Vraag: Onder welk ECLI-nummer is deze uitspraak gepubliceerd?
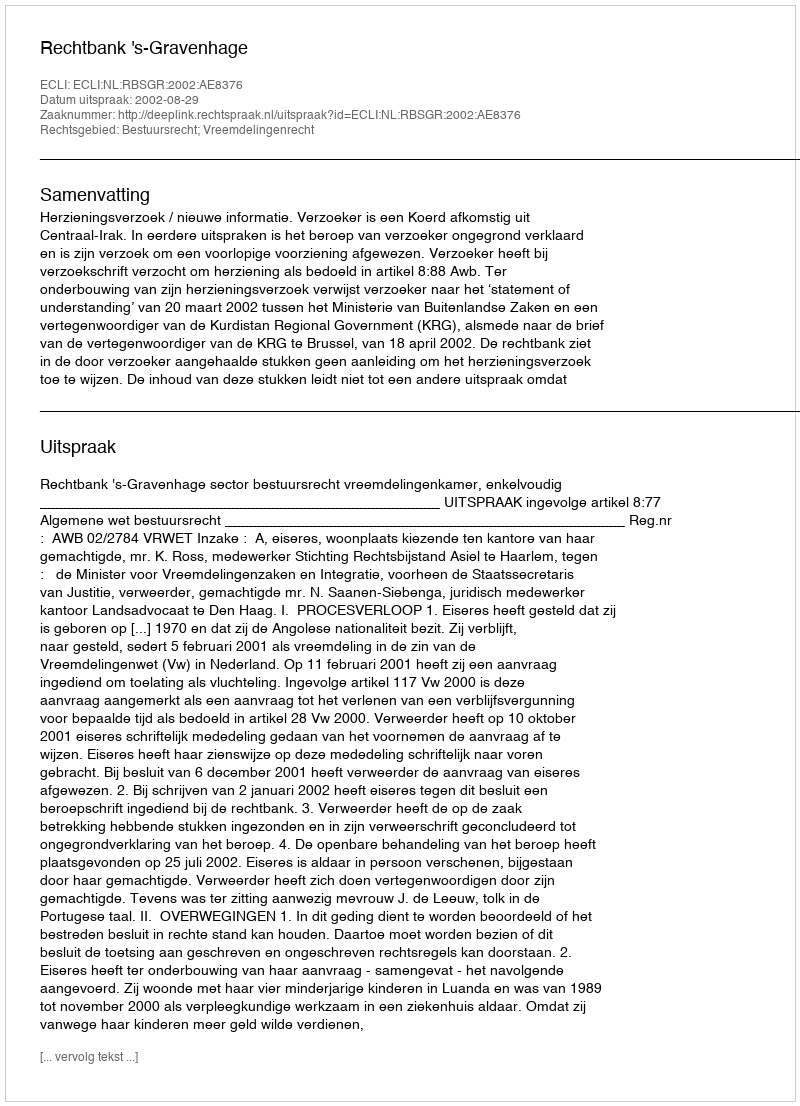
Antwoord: ECLI:NL:RBSGR:2002:AE8376